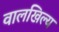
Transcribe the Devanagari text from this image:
वालखिल्‍य